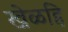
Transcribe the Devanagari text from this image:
खेळहि